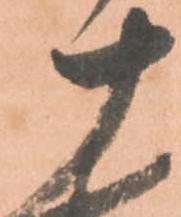
十